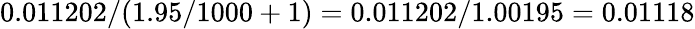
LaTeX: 0.011202/(1.95/1000+1)=0.011202/1.00195=0.01118